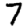
Digit: 7